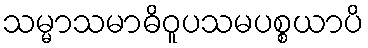
သမ္မာသမာဓိဝူပသမပစ္စယာပိ